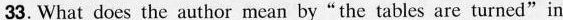
33.What does the author mean by "the tables are turned"in